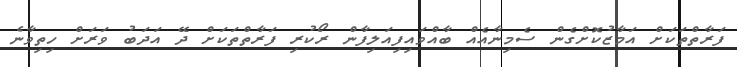
ފަރާތްތަކަށް އަމާޒުކޮށްގެން ސެމިނާއެއް ބާއްވައިފިއަލިފާން ރޯކުރި ފަރާތްތަކަށް ދޭ އަދަބު ވަރަށް ހިތިވާނެ